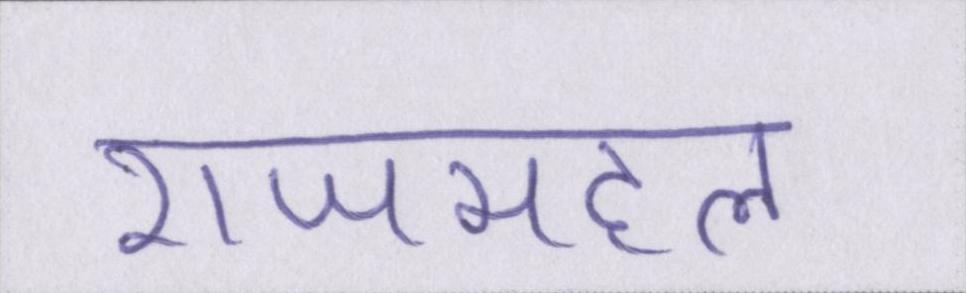
राजमहल